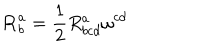
\mathbf { R } _ { b } ^ { a } = \frac { 1 } { 2 } R _ { b c d } ^ { a } \mathbf { \omega } ^ { c d }